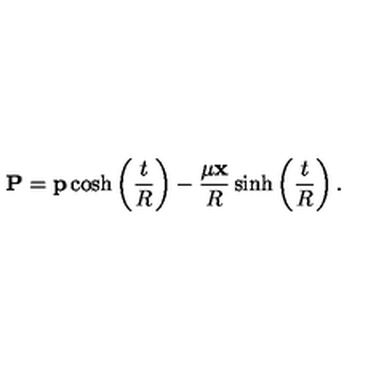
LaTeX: { \bf P } = { \bf p } \cosh \left( \frac { t } { R } \right) - \frac { \mu { \bf x } } { R } \sinh \left( \frac { t } { R } \right) .